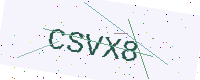
Text: CSVX8